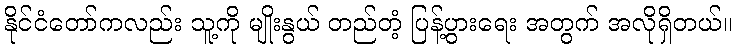
နိုင်ငံတော်ကလည်း သူ့ကို မျိုးနွယ် တည်တံ့ ပြန့်ပွားရေး အတွက် အလိုရှိတယ်။